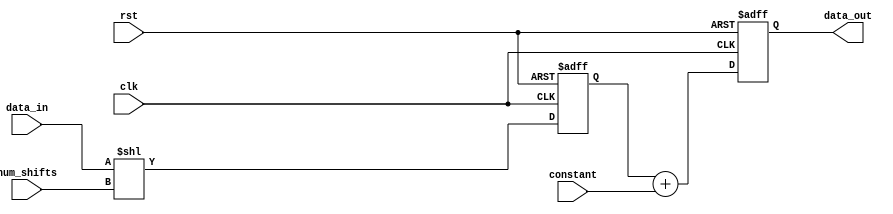
module shift_add_register (
    input wire clk,
    input wire rst,
    input wire [WIDTH-1:0] data_in,
    input wire [WIDTH-1:0] constant,
    input wire [NUM_SHIFTS-1:0] num_shifts,
    output reg [WIDTH-1:0] data_out
);

parameter WIDTH = 8; // width of the input and output data
parameter NUM_SHIFTS = 3; // number of positions to shift the data

reg [WIDTH-1:0] shifted_data;

always @(posedge clk or posedge rst) begin
    if (rst) begin
        shifted_data <= 0;
    end else begin
        shifted_data <= data_in << num_shifts;
    end
end

always @(posedge clk or posedge rst) begin
    if (rst) begin
        data_out <= 0;
    end else begin
        data_out <= shifted_data + constant;
    end
end

endmodule